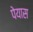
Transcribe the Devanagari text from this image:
पेयास